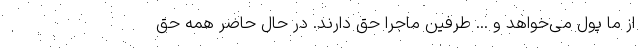
از ما پول می‌خواهد و ... طرفین ماجرا حق دارند. در حال حاضر همه حق